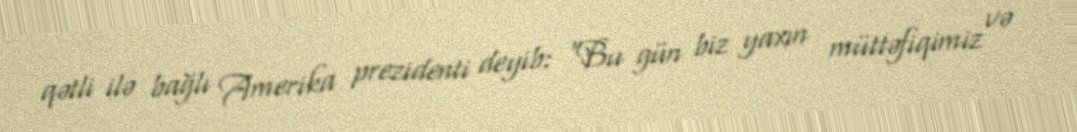
qətli ilə bağlı Amerika prezidenti deyib: “Bu gün biz yaxın müttəfiqimiz və